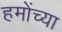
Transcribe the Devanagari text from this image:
हमोंच्या